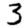
Digit: 3